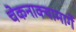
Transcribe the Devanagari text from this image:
चेकनाक्यामार्गे